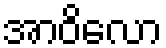
အာဝိလော